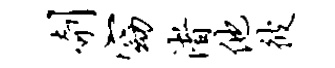
剞窈渚他彼